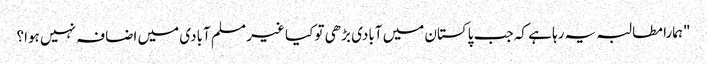
"ہمارا مطالبہ یہ رہا ہے کہ جب پاکستان میں آبادی بڑھی تو کیا غیر مسلم آبادی میں اضافہ نہیں ہوا؟